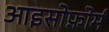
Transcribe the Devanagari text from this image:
आइसोफ़ोर्म